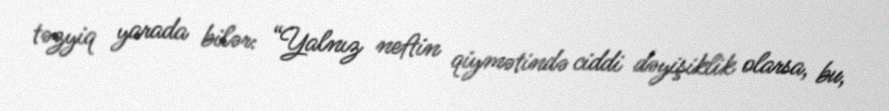
təzyiq yarada bilər: “Yalnız neftin qiymətində ciddi dəyişiklik olarsa, bu,